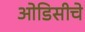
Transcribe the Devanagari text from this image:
ओडिसीचे